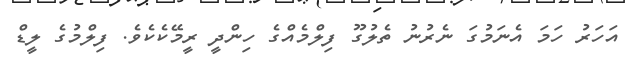
އަހަރު ހަމަ އެނަމުގަ ނެރުނު ތެލުގޫ ފިލްމެއްގެ ހިންދީ ރީމޭކެކެވެ. ފިލްމުގެ ލީޑް